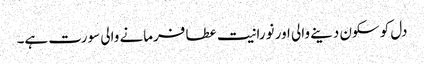
دل کو سکون دینے والی اور نورانیت عطا فرمانے والی سورت ہے۔